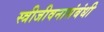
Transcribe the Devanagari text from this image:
स्त्रीजीवनासंबंधी